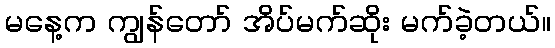
မနေ့က ကျွန်တော် အိပ်မက်ဆိုး မက်ခဲ့တယ်။